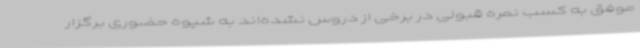
موفق به کسب نمره قبولی در برخی از دروس نشده‌اند به شیوه حضوری برگزار